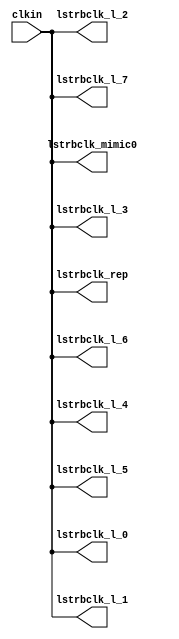
// SPDX-License-Identifier: Apache-2.0
// Copyright (C) 2019 Intel Corporation. All rights reserved
//------------------------------------------------------------------------
// Copyright (c) 2012 Altera Corporation. All rights reserved.
//
// reproduce without proper written authorization. A copyright
// notice must be reproduced on all authorized copies. Please destroy all
// copies immediately upon receipt if you have not received such
// authorization.
//------------------------------------------------------------------------
// Revision:    $Revision: 1 $
//------------------------------------------------------------------------
// Description: skew-matched clock distribution network
//------------------------------------------------------------------------

module aibcr3_clktree_avmm_mimic 
#(
parameter SKEW_DELAY     = 60   //min:20ps; typ :60ps; max:100ps
)
(
   input  wire         clkin,                   //clock source
   output wire 	       lstrbclk_l_0, 	        //buffered clock
   output wire         lstrbclk_l_1,            //buffered clock
   output wire         lstrbclk_l_2,            //buffered clock
   output wire         lstrbclk_l_3,            //buffered clock
   output wire         lstrbclk_l_4,            //buffered clock
   output wire         lstrbclk_l_5,            //buffered clock
   output wire         lstrbclk_l_6,            //buffered clock
   output wire         lstrbclk_l_7,            //buffered clock
   output wire         lstrbclk_rep, 	        //replica for DLL
   output wire         lstrbclk_mimic0         //mimic path for load matching
);

`ifdef TIMESCALE_EN
  timeunit 1ps;
  timeprecision 1ps;
`endif
  
                assign #SKEW_DELAY lstrbclk_l_0 = clkin;
                assign #SKEW_DELAY lstrbclk_l_1 = clkin;
                assign #SKEW_DELAY lstrbclk_l_2 = clkin;
                assign #SKEW_DELAY lstrbclk_l_3 = clkin;
                assign #SKEW_DELAY lstrbclk_l_4 = clkin;
                assign #SKEW_DELAY lstrbclk_l_5 = clkin;
                assign #SKEW_DELAY lstrbclk_l_6 = clkin;
                assign #SKEW_DELAY lstrbclk_l_7 = clkin;
                assign #SKEW_DELAY lstrbclk_rep = clkin;
                assign #SKEW_DELAY lstrbclk_mimic0 = clkin;

endmodule // aibcr_clktree_avmm_mimic